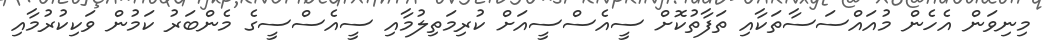
މިނިވަން އެހެން މުއައްސަސާތަކާއި ތަފާތުކޮށް ސީއެސްސީއަށް ކުރިމަތިލުމާއި ސީއެސްސީގެ މެންބަރު ކަމުން ވަކިކުރުމާއި